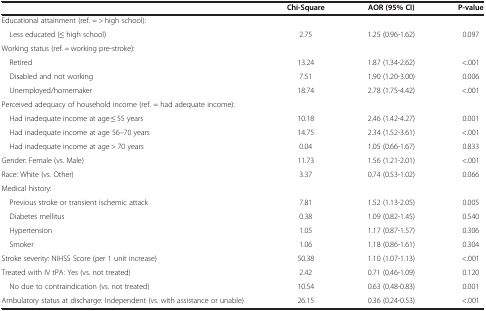
<table><thead><tr><td><b> </b></td><td><b>Chi-Square</b></td><td><b>AOR (95% CI)</b></td><td><b>P-value</b></td></tr></thead><tbody><tr><td>Educational attainment (ref. = &gt; high school):</td><td> </td><td> </td><td> </td></tr><tr><td> Less educated (≤ high school)</td><td>2.75</td><td>1.25 (0.96-1.62)</td><td>0.097</td></tr><tr><td>Working status (ref. = working pre-stroke):</td><td> </td><td> </td><td> </td></tr><tr><td> Retired</td><td>13.24</td><td>1.87 (1.34-2.62)</td><td>&lt;.001</td></tr><tr><td> Disabled and not working</td><td>7.51</td><td>1.90 (1.20-3.00)</td><td>0.006</td></tr><tr><td> Unemployed/homemaker</td><td>18.74</td><td>2.78 (1.75-4.42)</td><td>&lt;.001</td></tr><tr><td>Perceived adequacy of household income (ref. = had adequate income):</td><td> </td><td> </td><td> </td></tr><tr><td> Had inadequate income at age ≤ 55 years</td><td>10.18</td><td>2.46 (1.42-4.27)</td><td>0.001</td></tr><tr><td> Had inadequate income at age 56–70 years</td><td>14.75</td><td>2.34 (1.52-3.61)</td><td>&lt;.001</td></tr><tr><td> Had inadequate income at age &gt; 70 years</td><td>0.04</td><td>1.05 (0.66-1.67)</td><td>0.833</td></tr><tr><td>Gender: Female (vs. Male)</td><td>11.73</td><td>1.56 (1.21-2.01)</td><td>&lt;.001</td></tr><tr><td>Race: White (vs. Other)</td><td>3.37</td><td>0.74 (0.53-1.02)</td><td>0.066</td></tr><tr><td>Medical history:</td><td> </td><td> </td><td> </td></tr><tr><td> Previous stroke or transient ischemic attack</td><td>7.81</td><td>1.52 (1.13-2.05)</td><td>0.005</td></tr><tr><td> Diabetes mellitus</td><td>0.38</td><td>1.09 (0.82-1.45)</td><td>0.540</td></tr><tr><td> Hypertension</td><td>1.05</td><td>1.17 (0.87-1.57)</td><td>0.306</td></tr><tr><td> Smoker</td><td>1.06</td><td>1.18 (0.86-1.61)</td><td>0.304</td></tr><tr><td>Stroke severity: NIHSS Score (per 1 unit increase)</td><td>50.38</td><td>1.10 (1.07-1.13)</td><td>&lt;.001</td></tr><tr><td>Treated with IV tPA: Yes (vs. not treated)</td><td>2.42</td><td>0.71 (0.46-1.09)</td><td>0.120</td></tr><tr><td> No due to contraindication (vs. not treated)</td><td>10.54</td><td>0.63 (0.48-0.83)</td><td>0.001</td></tr><tr><td>Ambulatory status at discharge: Independent (vs. with assistance or unable)</td><td>26.15</td><td>0.36 (0.24-0.53)</td><td>&lt;.001</td></tr></tbody></table>